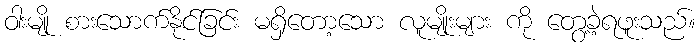
ဝါးမျို စားသောက်နိုင်ခြင်း မရှိတော့သော လူမျိုးများ ကို တွေ့ခဲ့ရဖူးသည်။